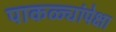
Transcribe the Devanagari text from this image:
पाकळ्यांपेक्षा